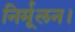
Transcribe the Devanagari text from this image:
निर्मूलन।